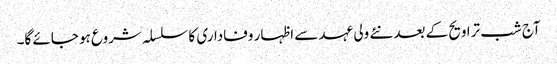
آج شب تراویح کے بعد نئے ولی عہد سے اظہار وفاداری کا سلسلہ شروع ہو جائے گا۔